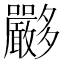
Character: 𡗏